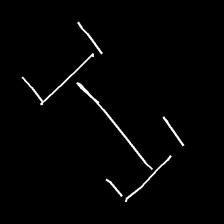
Glyph: entwine